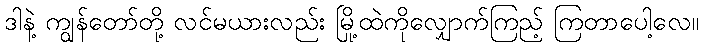
ဒါနဲ့ ကျွန်တော်တို့ လင်မယားလည်း မြို့ထဲကိုလျှောက်ကြည့် ကြတာပေါ့လေ။